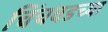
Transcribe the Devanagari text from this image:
चिंचवडच्या